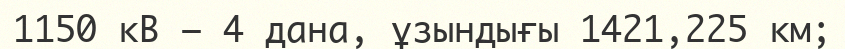
1150 кВ — 4 дана, ұзындығы 1421,225 км;